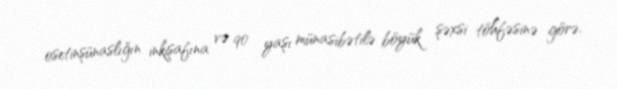
osetinşünaslığın inkişafına və 90 yaşı münasibətilə böyük şəxsi töhfəsinə görə.